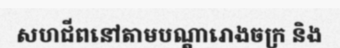
សហជីពនៅតាមបណ្តារោងចក្រ និង